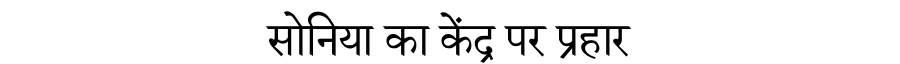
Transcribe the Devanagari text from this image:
सोनिया का केंद्र पर प्रहार